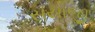
સયાજી